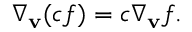
\nabla _ { \mathbf { v } } ( c f ) = c \nabla _ { \mathbf { v } } f .